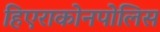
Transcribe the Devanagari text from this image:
हिएराकोनपोलिस